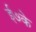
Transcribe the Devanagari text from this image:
ई७के